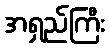
အရှည်ကြီး